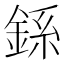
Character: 𫒠